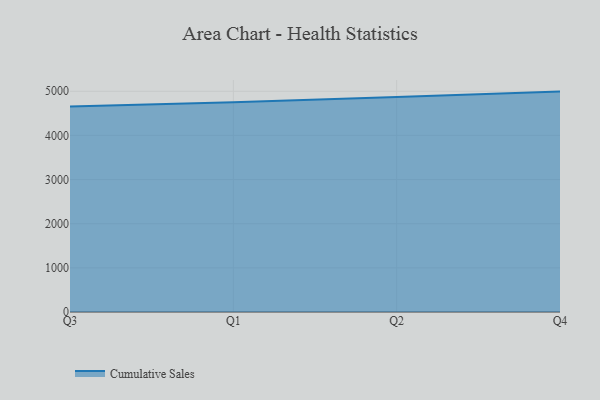
{"axis": {"x": "Quarter", "y": "Latency (ms)"}, "legend": ["Cumulative Sales"], "data": [{"x": "Q3", "y": 4652.2, "type": "Cumulative Sales"}, {"x": "Q1", "y": 4752.8, "type": "Cumulative Sales"}, {"x": "Q2", "y": 4872.4, "type": "Cumulative Sales"}, {"x": "Q4", "y": 4992.2, "type": "Cumulative Sales"}]}